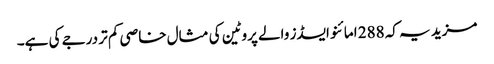
مزید یہ کہ 288 امائنو ایسڈز والے پروٹین کی مثال خاصی کم تر درجے کی ہے۔